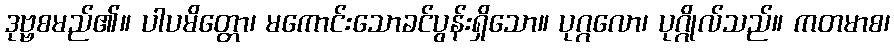
ဒုဗ္ဗစမည်၏။ ပါပမိတ္တော၊ မကောင်းသောခင်ပွန်းရှိသော။ ပုဂ္ဂလော၊ ပုဂ္ဂိုလ်သည်။ ကတမာစ၊